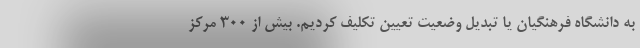
به دانشگاه فرهنگیان یا تبدیل وضعیت تعیین تکلیف کردیم. بیش از ۳۰۰ مرکز